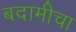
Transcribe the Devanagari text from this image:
बदामीचा